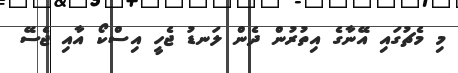
މި މެޗުގައި އޭނާގެ އިތުރުން ދެން ލަނޑު ޖެހީ އިސްކޯ އާއި ޖެސޭ